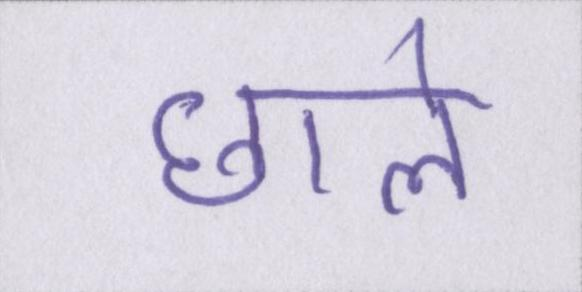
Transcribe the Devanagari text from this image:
छाले